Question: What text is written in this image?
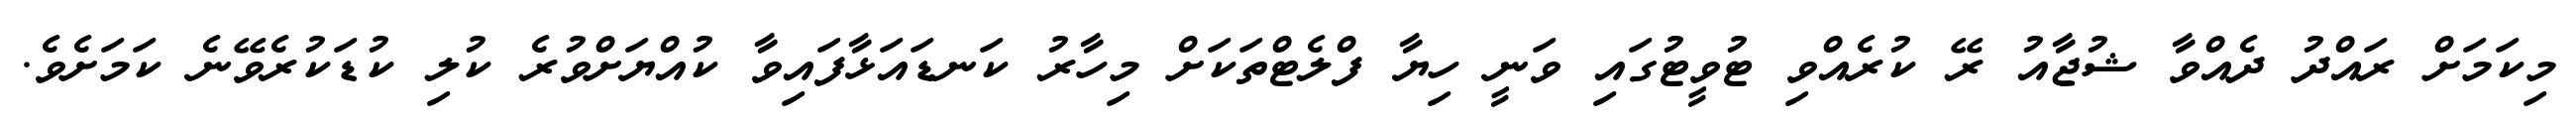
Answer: މިކަމަށް ރައްދު ދެއްވާ ޝުޖާއު ރޭ ކުރެއްވި ޓުވީޓުގައި ވަނީ ހިޔާ ފްލެޓްތަކަށް މިހާރު ކަނޑައަޅާފައިވާ ކުއްޔަށްވުރެ ކުލި ކުޑަކުރެވޭނެ ކަމަށެވެ.